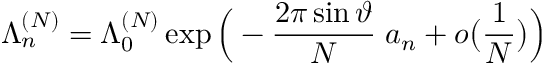
\Lambda _ { n } ^ { ( N ) } = \Lambda _ { 0 } ^ { ( N ) } \exp \Big ( - \frac { 2 \pi \sin \vartheta } N \; { a _ { n } } + o \big ( \frac 1 N \big ) \Big )